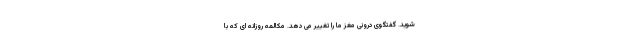
شوید. گفتگوی درونی مغز ما را تغییر می دهد. مکالمه روزانه ای که با